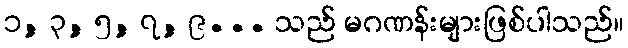
၁, ၃, ၅, ၇, ၉... သည် မဂဏန်းများဖြစ်ပါသည်။